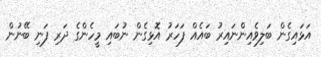
އަޅައިގެން ބަލިވެއިންނައިރު ބައެއް ފަހަރު އޮޅިގެން ނުބައި މީހެންގެ ދަރި ފަނި ބޭނުން